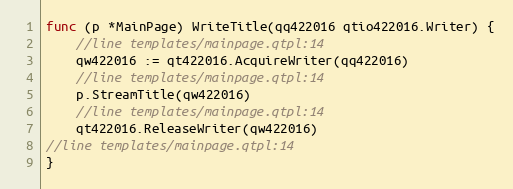
Language: Go
func (p *MainPage) WriteTitle(qq422016 qtio422016.Writer) {
	//line templates/mainpage.qtpl:14
	qw422016 := qt422016.AcquireWriter(qq422016)
	//line templates/mainpage.qtpl:14
	p.StreamTitle(qw422016)
	//line templates/mainpage.qtpl:14
	qt422016.ReleaseWriter(qw422016)
//line templates/mainpage.qtpl:14
}